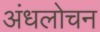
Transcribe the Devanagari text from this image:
अंधलोचन